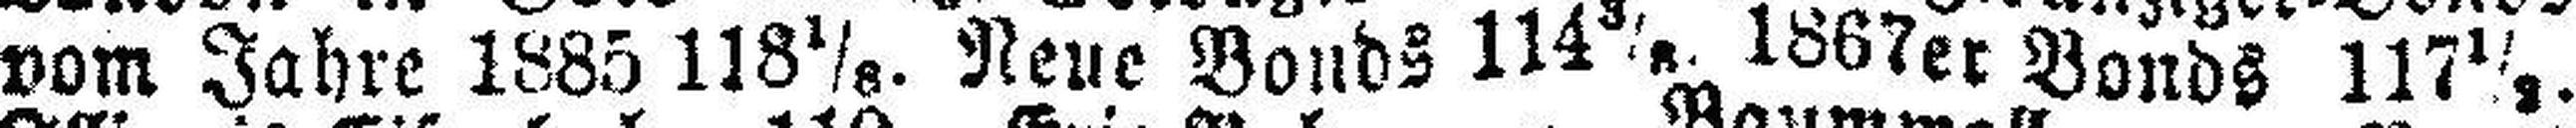
vom Jahre 1885 118 1/8. Neue Bonds 114 3/8. 1867er Bonds 117½.